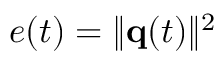
e ( t ) = \| { \bf q } ( t ) \| ^ { 2 }